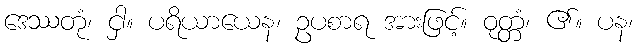
ဒေဿတုံ၊ ငှါ။ ပရိယာယေန၊ ဥပစာရ အားဖြင့်။ ဝုတ္တံ၊ ၏။ ပန၊